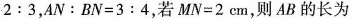
2 : 3$$，$$A N : B N = 3 : 4$$,若$$M N = 2 c m$$,则AB的长为